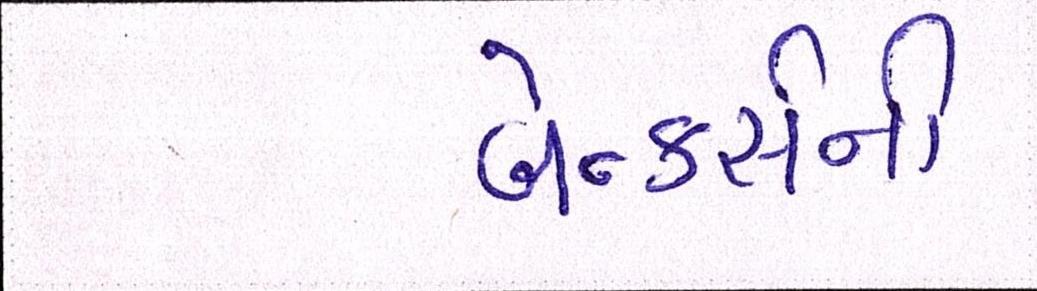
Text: બેન્કર્સની